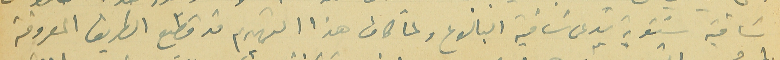
ساقية شتوية تدعى ساقية البالوع ولمَّا كان هذا التهديم قد قطع الطريق المعروفة